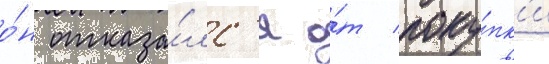
о́н отказа́лс'я о́т поку́пк'и